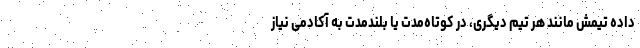
داده تیمش مانند هر تیم دیگری، در کوتاه‌مدت یا بلندمدت به آکادمی نیاز